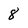
Character: 8